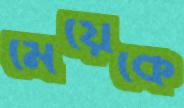
মেয়েকে